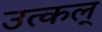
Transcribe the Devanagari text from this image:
उत्कल्